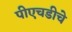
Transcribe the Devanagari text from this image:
पीएचडीचे